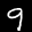
Label: 9